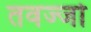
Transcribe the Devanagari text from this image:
तवज्‍जो